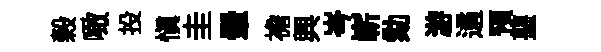
榖噉投愼圭暈襜興岑嶄劾游遹预堊